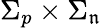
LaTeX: \Sigma_{p}\times\Sigma_{\mathfrak{n}}